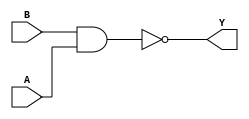
module sky130_fd_sc_hvl__nand2_5 (
    Y,
    A,
    B
);
    output Y;
    input  A;
    input  B;
    wire nand0_out_Y;
    nand nand0 (nand0_out_Y, B, A           );
    buf  buf0  (Y          , nand0_out_Y    );
endmodule